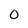
Character: 0